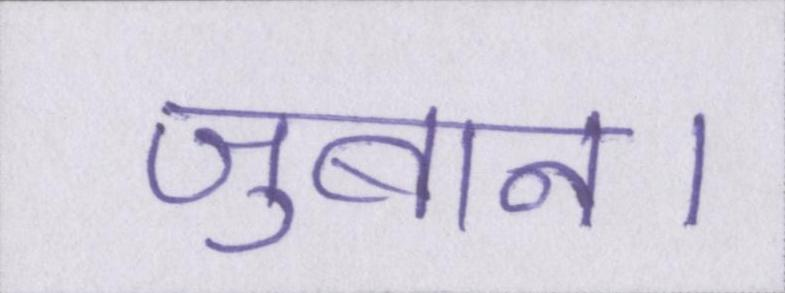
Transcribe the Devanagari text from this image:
जुबान।